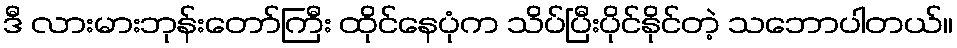
ဒီ လားမားဘုန်းတော်ကြီး ထိုင်နေပုံက သိပ်ပြီးပိုင်နိုင်တဲ့ သဘောပါတယ်။